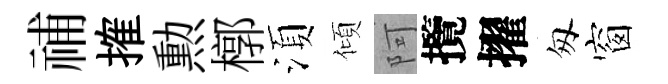
𥙷搉勲槨湏傾阿攬擢匆窗